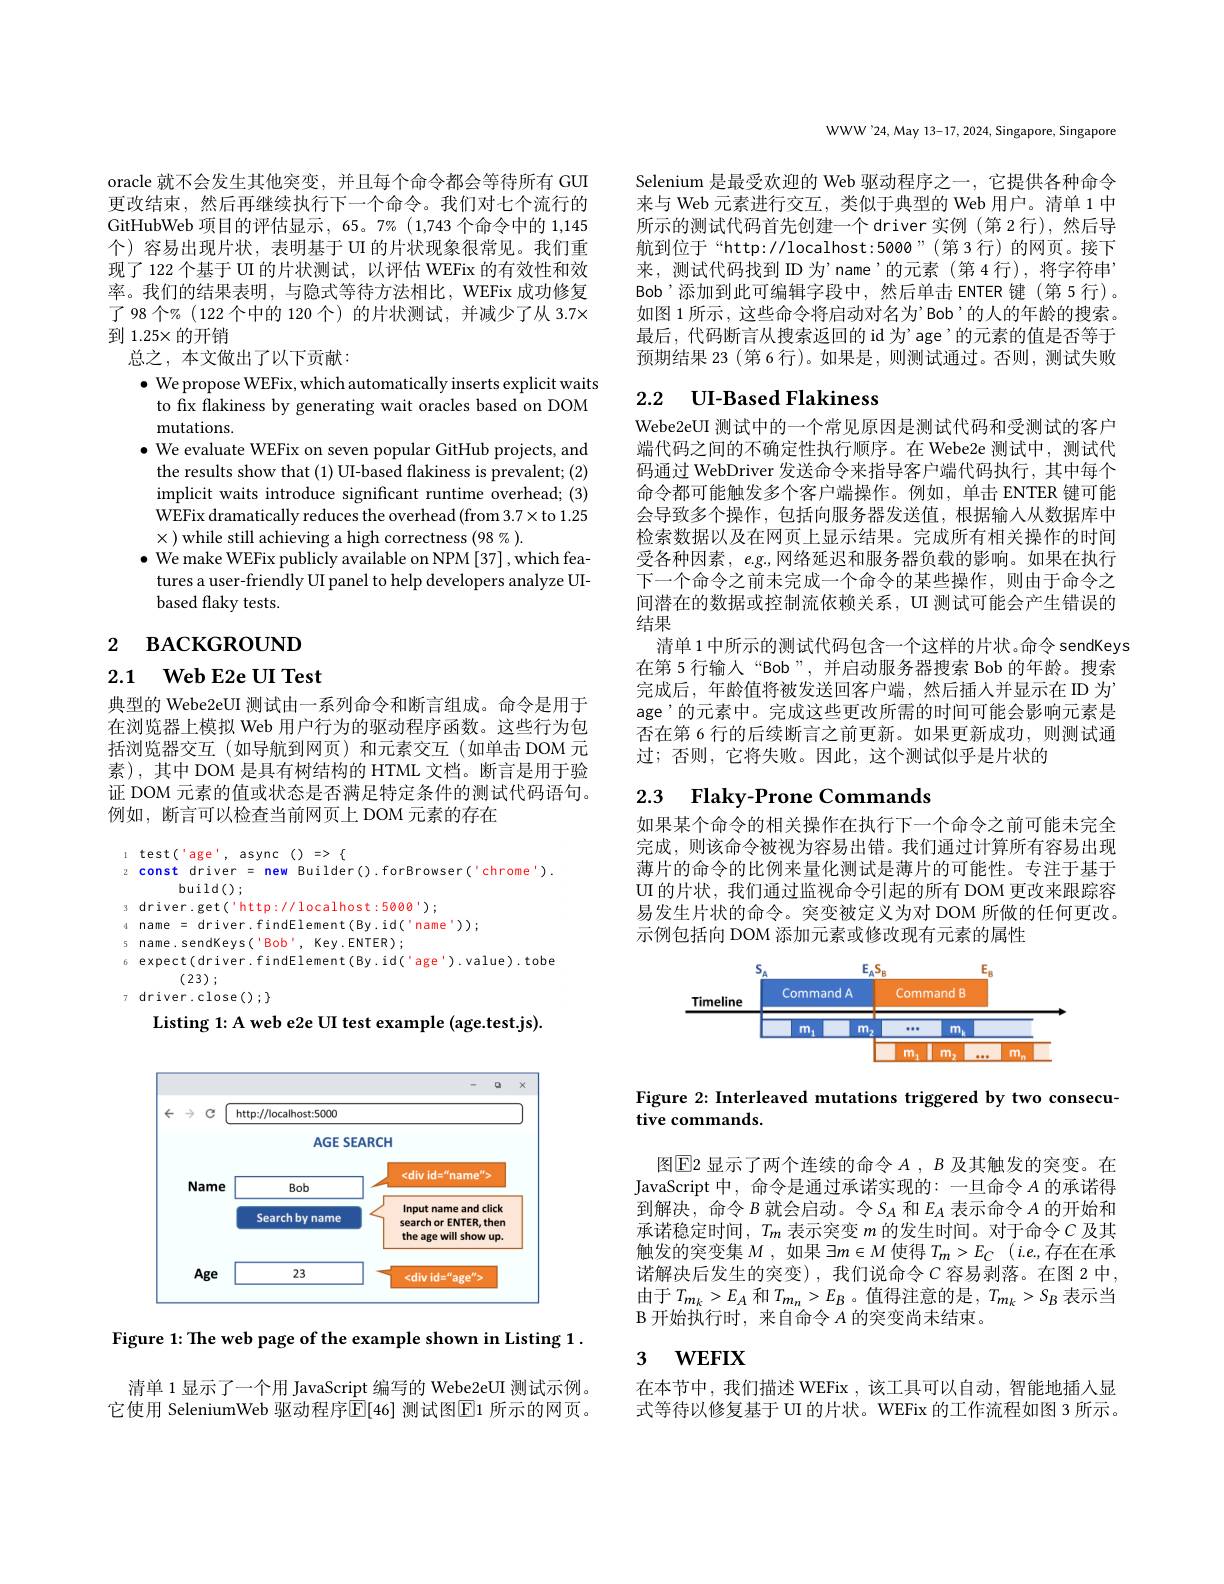
oracle 就不会发生其他突变，并且每个命令都会等待所有 GUI 更改结束，然后再继续执行下一个命令。我们对七个流行的GitHubWeb 项目的评估显示，65。7% (1,743 个命令中的 1,145个)容易出现片状，表明基于 UI 的片状现象很常见。我们重现了 122 个基于 UI 的片状测试，以评估 WEFix 的有效性和效率。我们的结果表明，与隐式等待方法相比，WEFix 成功修复了98 个% (122个中的 120 个) 的片状测试，并减少了从 3.7× 到 1.25×的开销
总之，本文做出了以下贡献：
$\bullet$ We propose WEFix, which automatically inserts explicit waits to fix flakiness by generating wait oracles based on DOM mutations.
$\bullet$ We evaluate WEFix on seven popular GitHub projects, and the results show that (1) UI-based flakiness is prevalent; (2) implicit waits introduce significant runtime overhead; (3) WEFix dramatically reduces the overhead (from 3.7× to 1.25 $\times$ ) while still achieving a high correctness (98 % ).
$\bullet$ We make WEFix publicly available on NPM [37], which fea-
tures a user-friendly UI panel to help developers analyze UI-
based flaky tests.

# 2 вАСКGROUND

2.1 $\textbf{Web E2e UI Test}$

典型的 Webe2eUI 测试由一系列命令和断言组成。命令是用于在浏览器上模拟 Web 用户行为的驱动程序函数。这些行为包括浏览器交互(如导航到网页)和元素交互(如单击 DOM 元素),其中 DOM 是具有树结构的 HTML 文档。断言是用于验证 DOM 元素的值或状态是否满足特定条件的测试代码语句。例如，断言可以检查当前网页上 DOM 元素的存在

$test($age', async()$=>\{$
z const driver = new Builder().forBrowser('chrome').
build();
3 driver.get('http://localhost:5000');
4 name = driver. findElement( By. id$( ^{\prime }$nam$e^{\prime }$) ) ;
5 name.sendKeys('Bob', Key.ENTER);
6 expect( driver. findElement( By. id('age'). value). tobe
(23) ;
$\tau$ driver.close();
Listing 1: A web e2e UI test example (age.test.js).

<FigureHere>

Figure 1: The web page of the example shown in Listing 1.

清单 1 显示了一个用 JavaScript 编写的 Webe2eUI 测试示例。它使用 SeleniumWeb 驱动程序$\operatorname{E}[$46] 测试图$\operatorname{E}$1 所示的网页。

WWW'24, May 13-17, 2024, Singapore, Singapore

Selenium 是最受欢迎的 Web 驱动程序之一，它提供各种命令来与 Web 元素进行交互，类似于典型的 Web 用户。清单 1 中所示的测试代码首先创建一个 driver实例 (第2行),然后导航到位于“http://localhost:5000”(第3行)的网页。接下来，测试代码找到ID为’name’的元素(第4行),将字符串Bob’添加到此可编辑字段中，然后单击 ENTER 键(第5行)。如图 1 所示 , 这些命令将启动对名为’Bob’的人的年龄的搜索。最后，代码断言从搜索返回的 id 为'age'的元素的值是否等于预期结果 23 (第 6 行)。如果是，则测试通过。否则，测试失败

# 2.2 UI-Based Flakiness

Webe2eUI 测试中的一个常见原因是测试代码和受测试的客户端代码之间的不确定性执行顺序。在 Webe2e 测试中，测试代码通过 WebDriver 发送命令来指导客户端代码执行，其中每个命令都可能触发多个客户端操作。例如，单击 ENTER 键可能会导致多个操作，包括向服务器发送值，根据输人从数据库中检索数据以及在网页上显示结果。完成所有相关操作的时间受各种因素，$e.g.$,网络延迟和服务器负载的影响。如果在执行下一个命令之前未完成一个命令的某些操作，则由于命令之间潜在的数据或控制流依赖关系，UI 测试可能会产生错误的结果
清单 1 中所示的测试代码包含一个这样的片状。命令 sendKeys 在第 5 行输人“Bob”,并启动服务器搜索 Bob 的年龄。搜索完成后，年龄值将被发送回客户端，然后插人并显示在 ID 为age'的元素中。完成这些更改所需的时间可能会影响元素是否在第 6 行的后续断言之前更新。如果更新成功，则测试通过；否则，它将失败。因此，这个测试似乎是片状的

# 2.3 Flaky-Prone Commands

如果某个命令的相关操作在执行下一个命令之前可能未完全完成，则该命令被视为容易出错。我们通过计算所有容易出现薄片的命令的比例来量化测试是薄片的可能性。专注于基于UI 的片状，我们通过监视命令引起的所有 DOM 更改来跟踪容易发生片状的命令。突变被定义为对 DOM 所做的任何更改。示例包括向 DOM 添加元素或修改现有元素的属性

<FigureHere>

Figure 2: Interleaved mutations triggered by two consecu-
tive commands.

图$\boxed{\mathrm{E}}$2 显示了两个连续的命令 $A,B$ 及其触发的突变。在JavaScript 中，命令是通过承诺实现的：一旦命令$A$的承诺得到解决，命令$B$就会启动。令$S_A$和$E_A$表示命令$A$的开始和承诺稳定时间，$T_m$表示突变$m$的发生时间。对于命令$C$及其触发的突变集$M$,如果$\exists m\in M$使得$T_m>E_C(i.e$,存在在承诺解决后发生的突变),我们说命令C容易剥落。在图2中， 由于$T_{m_k}>E_A$和$T_{m_n}>E_B$ 。值得注意的是$,T_{m_k}>S_B$表示当$\operatorname{B}$开始执行时，来自命令$A$的突变尚未结束。

## 3 $\textbf{WEFIX}$

在本节中，我们描述 WEFix,该工具可以自动，智能地插人显式等待以修复基于 UI 的片状。WEFix 的工作流程如图 3 所示。